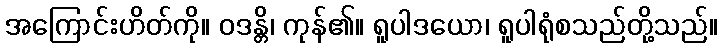
အကြောင်းဟိတ်ကို။ ဝဒန္တိ၊ ကုန်၏။ ရူပါဒယော၊ ရူပါရုံစသည်တို့သည်။